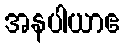
အနပါယာဧ